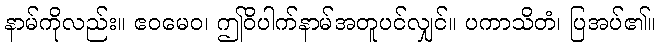
နာမ်ကိုလည်း။ ဧဝမေဝ၊ ဤဝိပါက်နာမ်အတူပင်လျှင်။ ပကာသိတံ၊ ပြအပ်၏။